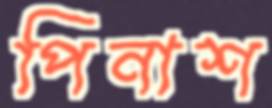
পিনাশ